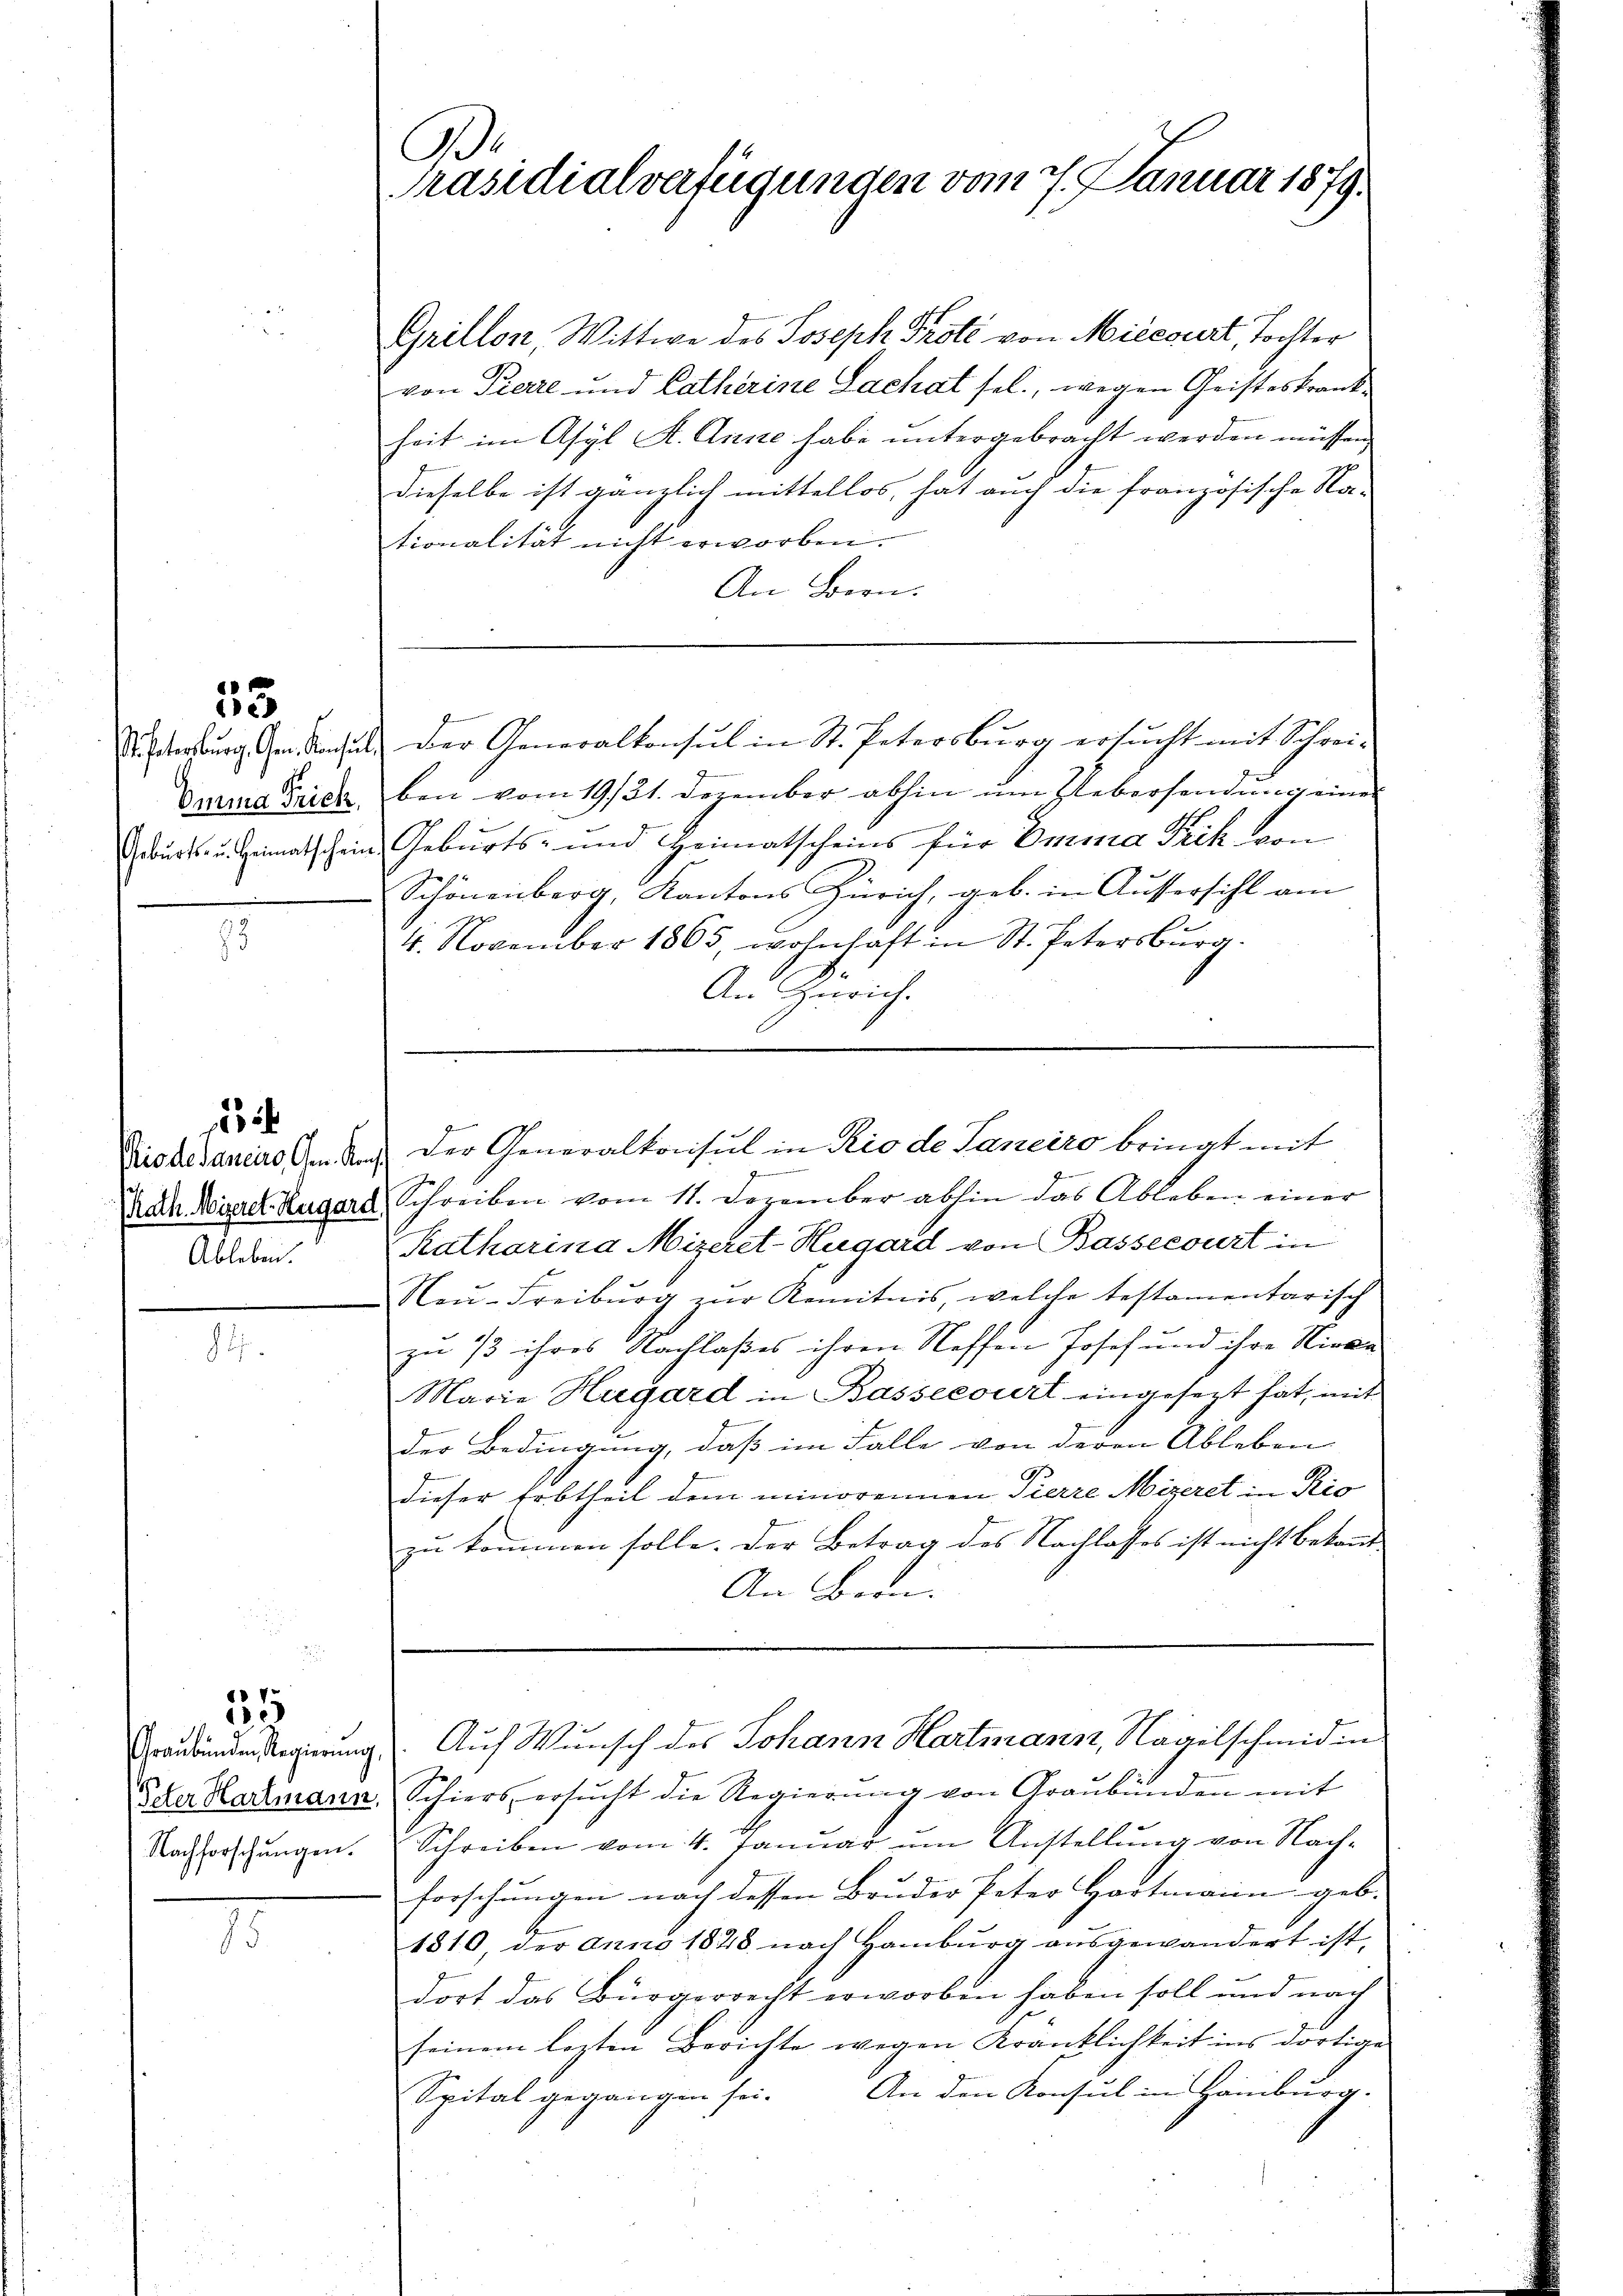
25

1
Riodesaucere Gem. Kon
Rath. Nizeret. Hugård
Ableben.

6 V.
e

Nachforschungen.

.
Präsidialverfügungen vom 7. Januar 1879.

Varia Frick, eben vom 19./21. Dezember abhin um Uebersendung eine
Geburts- u Heimatschein Geburts- und Heimatscheins für Emma Fick von
Schönenberg, Kantons Zürich, geb. in Aussersihl am
4. November 1865, wohnhaft in St. Petersburg.
An Zürich.

A. Verburg er densel der Generalkonsul in St. Petersburg ersucht mit Schrei¬

Der Generalkonsul in Rio de Janeiro bringt mit

Grillon, Wittwe des Joseph Prote von Miecourt, Tochter
von Pierre und Catherine Lachat sel., wegen Geisteskrankheit im Asyl A. Anne habe untergebracht werden müssen
dieselbe ist gänzlich mittellos, hat auch die französische Na-
tionalität nicht erworben.
An Bern.

9
Schreiben vom 11. Dezember abhin das Ableben einer
Katharina Mizeret-Hegard von Bassecourt in
Neu-Freiburg zur Kenntnis, welche testamentarisch
zu 13 ihres Nachlaßes ihren Neffen Josef und ihre Nieka
Marie Hagard in Bassecourt eingesezt hat, mit
der Bedingung, daß im Falle von deren Ableben |
dieser Erbtheil dem minorennen Tierre Mizeret in Rio
zu kommen solle. Der Betrag des Nachlasses ist nicht betont-
An Bran.

Graubünden Regierung 3. Auf Wunsch des Johann Hartmann, Nagelschmidin

der Hartmann. Schiers ersŭcht die Regierŭng von Graubünden mit
Schreiben vom 4. Januar um Anstellung von Nach-
forschungen nach dessen Bruder Peter Hartmann geb.
1810, der anno 1878 nach Hamburg ausgewandert ist,
dort das Bürgerrecht erworben haben soll und nach
seinem lezten Berichte wegen Kränklichkeit ins dortige
Spital gegangen sei. An den Konsul in Hamburg.